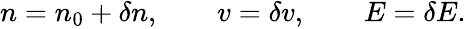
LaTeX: \begin{array}{r}{n=n_{0}+\delta n,\qquad v=\delta v,\qquad E=\delta E.}\end{array}